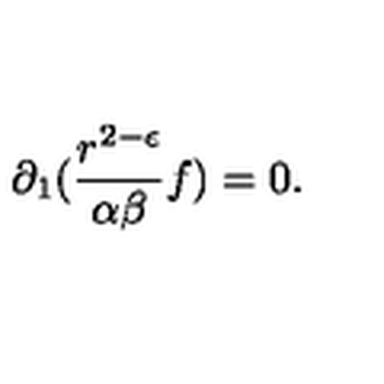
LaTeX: \partial _ { 1 } ( \frac { r ^ { 2 - \epsilon } } { \alpha \beta } f ) = 0 .